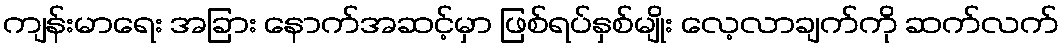
ကျန်းမာရေး အခြား နောက်အဆင့်မှာ ဖြစ်ရပ်နှစ်မျိုး လေ့လာချက်ကို ဆက်လက်